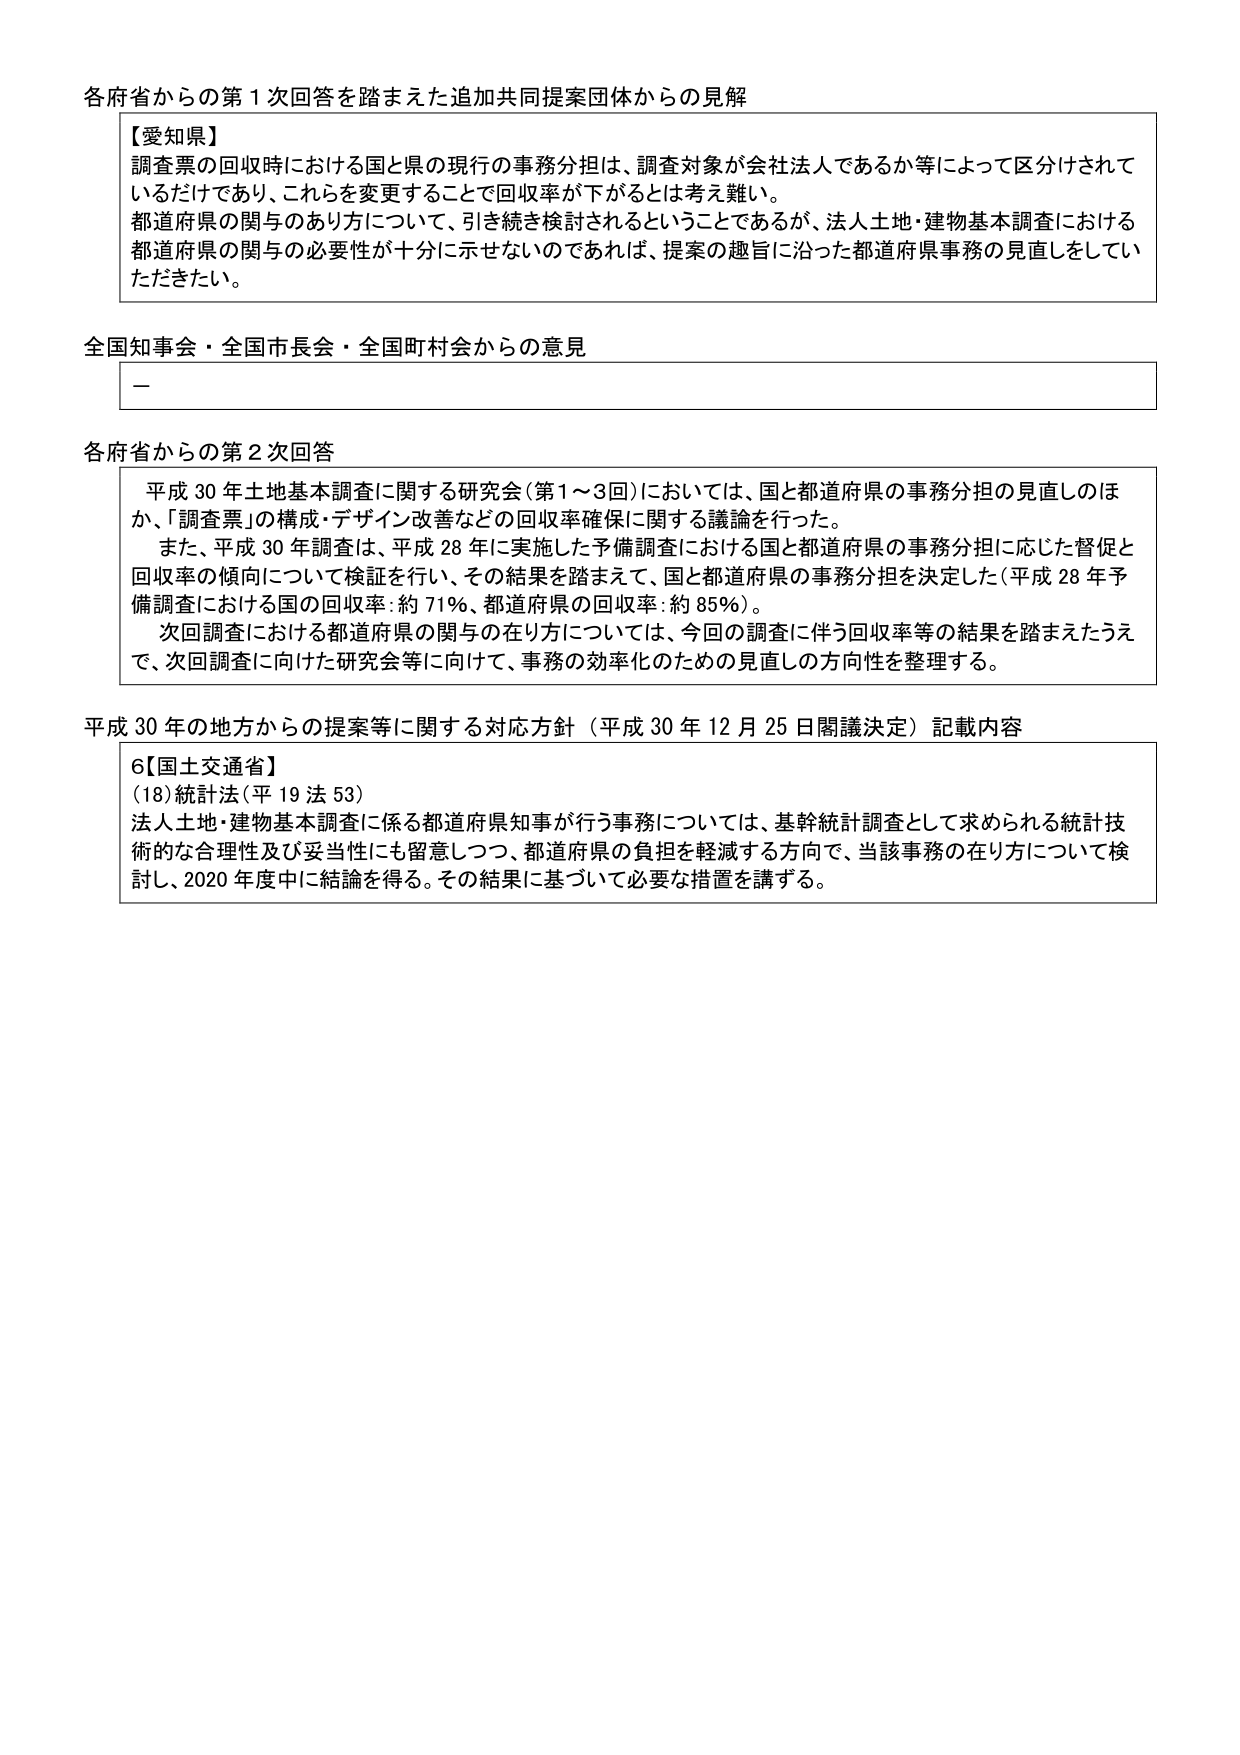
各府省からの第１次回答を踏まえた追加共同提案団体からの見解

【愛知県】
調査票の回収時における国と県の現行の事務分担は、調査対象が会社法人であるか等によって区分けされているだけであり、これらを変更することで回収率が下がるとは考え難い。
都道府県の関与のあり方について、引き続き検討されるということであるが、法人土地・建物基本調査における都道府県の関与の必要性が十分に示せないのであれば、提案の趣旨に沿った都道府県事務の見直しをしていただきたい。

全国知事会・全国市長会・全国町村会からの意見
－

各府省からの第２次回答
平成30年土地基本調査に関する研究会（第1～3回）においては、国と都道府県の事務分担の見直しのほか、「調査票」の構成・デザイン改善などの回収率確保に関する議論を行った。
また、平成30年調査は、平成28年に実施した予備調査における国と都道府県の事務分担に応じた督促と回収率の傾向について検証を行い、その結果を踏まえて、国と都道府県の事務分担を決定した（平成28年予備調査における国の回収率：約71％、都道府県の回収率：約85％）。
次回調査における都道府県の関与の在り方については、今回の調査に伴う回収率等の結果を踏まえたうえで、次回調査に向けた研究会等に向けて、事務の効率化のための見直しの方向性を整理する。

平成30年の地方からの提案等に関する対応方針（平成30年12月25日閣議決定）記載内容
6【国土交通省】
（18）統計法（平19法53）
法人土地・建物基本調査に係る都道府県知事が行う事務については、基幹統計調査として求められる統計技術的な合理性及び妥当性にも留意しつつ、都道府県の負担を軽減する方向で、当該事務の在り方について検討し、2020年度中に結論を得る。その結果に基づいて必要な措置を講ずる。